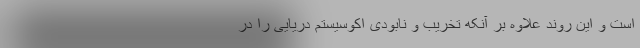
است و این روند علاوه بر آنکه تخریب و نابودی اکوسیستم دریایی را در